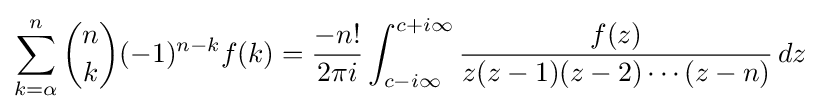
\sum _{k=\alpha }^{n}{n \choose k}(-1)^{n-k}f(k)={\frac {-n!}{2\pi i}}\int _{c-i\infty }^{c+i\infty }{\frac {f(z)}{z(z-1)(z-2)\cdots (z-n)}}\,dz